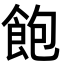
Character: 飽